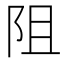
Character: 阻